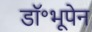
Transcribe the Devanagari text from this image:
डॉ॰भूपेन